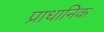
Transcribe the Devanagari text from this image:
प्राधानिक